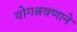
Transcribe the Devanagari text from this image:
योगश्रवणाने